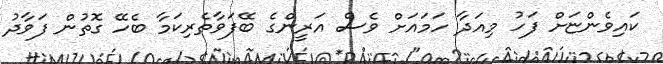
ކައިވެންޏަށް ފަހު މިއަދާ ހަމައަށް ވެސް އަރީންގެ ބޭފަވާތެރިކަމާ ބެހޭ ގޮތުން ފަވާދު